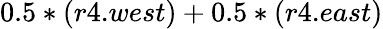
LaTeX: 0.5*(r4.west)+0.5*(r4.east)